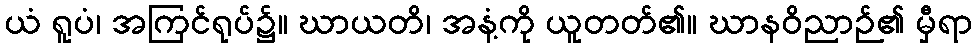
ယံ ရူပံ၊ အကြင်ရုပ်၌။ ဃာယတိ၊ အနံ့ကို ယူတတ်၏။ ဃာနဝိညာဉ်၏ မှီရာ